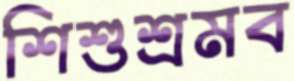
শিশুশ্রমব